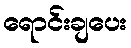
ရောင်းချပေး